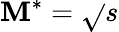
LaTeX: \mathbf{M}^{*}=\sqrt{}{{s}}